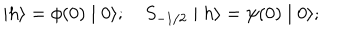
LaTeX: \mid h \rangle = \phi ( 0 ) \mid 0 \rangle ; \quad S _ { - 1 / 2 } \mid h \rangle = \psi ( 0 ) \mid 0 \rangle ;